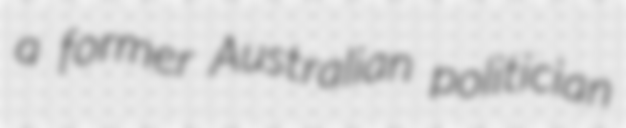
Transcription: a former Australian politician